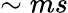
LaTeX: \sim ms